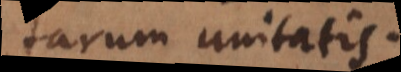
tarum unitatis.